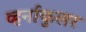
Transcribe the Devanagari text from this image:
व्हर्नाकुलर